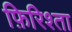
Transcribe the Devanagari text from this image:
फ़िरिश्ता